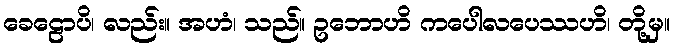
ခေဠောပိ၊ လည်း။ အဟံ၊ သည်။ ဥဘောဟိ ကပေါလပေဿဟိ၊ တို့မှ။